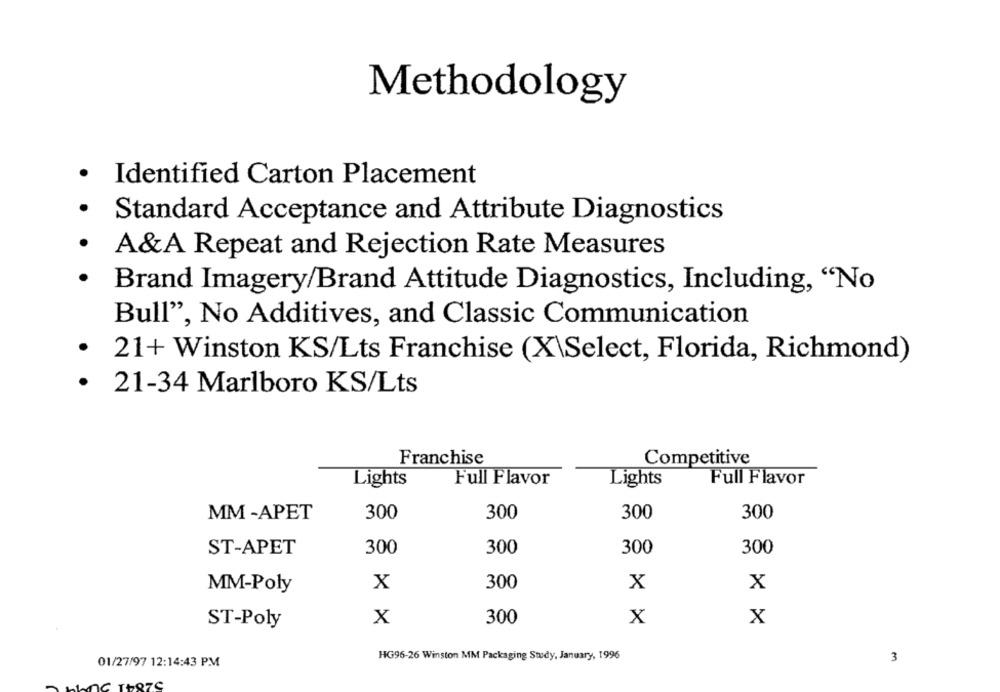
Methodology
· Identified Carton Placement
· Standard Acceptance and Attribute Diagnostics
· A&A Repeat and Rejection Rate Measures
Brand Imagery/Brand Attitude Diagnostics, Including, "No
Bull", No Additives, and Classic Communication
.
21+ Winston KS/Lts Franchise (X\Select, Florida, Richmond)
· 21-34 Marlboro KS/Lts
Franchise
Competitive
Lights
Full Flavor
Lights
Full Flavor
MM -APET
300
300
300
300
ST-APET
300
300
300
300
X
300
X
X
MM-Poly
X
300
X
X
ST-Poly
HG96-26 Winston MM Packaging Study, January, 1996
01/27/97 12:14:43 PM
3